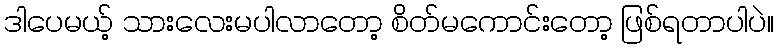
ဒါပေမယ့် သားလေးမပါလာတော့ စိတ်မကောင်းတော့ ဖြစ်ရတာပါပဲ။